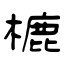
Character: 樚